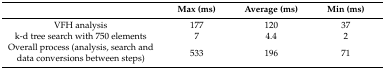
|  | Max (ms) | Average (ms) | Min (ms) |
 | --- | --- | --- | --- |
 | VFH analysis | 177 | 120 | 37 |
 | k-d tree search with 750 elements | 7 | 4.4 | 2 |
 | Overall process (analysis, search and data conversions between steps) | 533 | 196 | 71 |